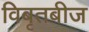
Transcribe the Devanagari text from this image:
विबृतबीज